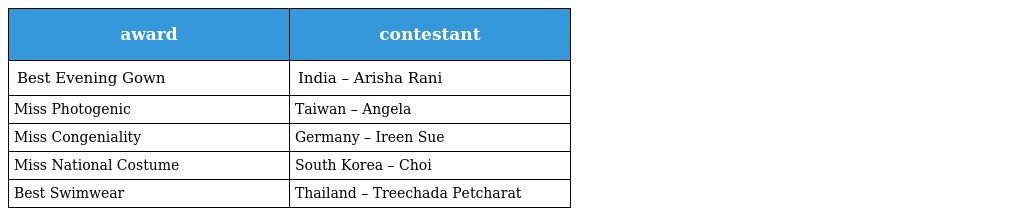
| award | contestant |
 | --- | --- |
 | Best Evening Gown | India – Arisha Rani |
 | Miss Photogenic | Taiwan – Angela |
 | Miss Congeniality | Germany – Ireen Sue |
 | Miss National Costume | South Korea – Choi |
 | Best Swimwear | Thailand – Treechada Petcharat |